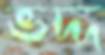
ভদ্দ